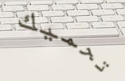
تحميك